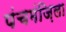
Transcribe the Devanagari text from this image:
पंचमंज़िला